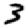
Digit: 3